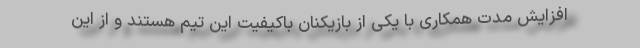
افزایش مدت همکاری با یکی از بازیکنان باکیفیت این تیم هستند و از این